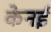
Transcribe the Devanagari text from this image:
केनई